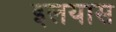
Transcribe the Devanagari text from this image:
इलयास